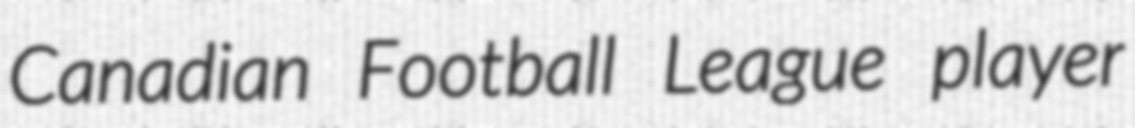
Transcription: Canadian Football League player